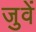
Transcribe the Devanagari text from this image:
जुवें